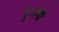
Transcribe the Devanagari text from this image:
दुःस्थो